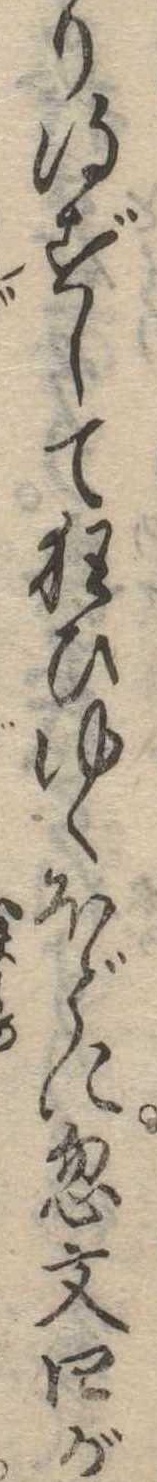
り得ずして狂ひゆくほどに忽文四が